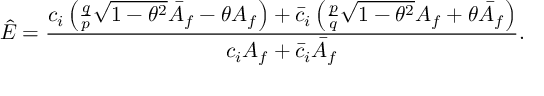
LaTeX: \hat { E } = \frac { c _ { i } \left( \frac { q } { p } \sqrt { 1 - \theta ^ { 2 } } \bar { A } _ { f } - \theta A _ { f } \right) + \bar { c } _ { i } \left( \frac { p } { q } \sqrt { 1 - \theta ^ { 2 } } A _ { f } + \theta \bar { A } _ { f } \right) } { c _ { i } A _ { f } + \bar { c } _ { i } \bar { A } _ { f } } .